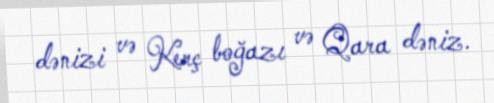
dənizi və Kerç boğazı və Qara dəniz.